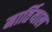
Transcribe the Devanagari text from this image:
मार्तियाल